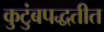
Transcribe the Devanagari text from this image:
कुटुंबपद्धतीत